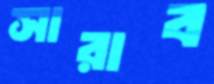
সারাব